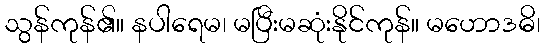
သွန်ကုန်၏။ နပါရေမ၊ မပြီးမဆုံးနိုင်ကုန်။ မဟောဒဓိ၊